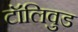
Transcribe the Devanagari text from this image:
टॉलिवुड